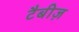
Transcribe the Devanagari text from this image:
टैबीज़